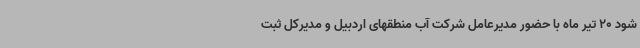
شود 20 تیر ماه با حضور مدیرعامل شرکت آب منطقهای اردبیل و مدیرکل ثبت